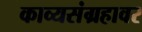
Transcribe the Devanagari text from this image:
काव्यसंग्रहावर